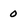
Character: 0